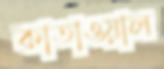
কাতাওয়াল